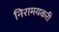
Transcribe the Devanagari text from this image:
निरामयकरी